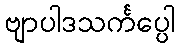
ဗျာပါဒသင်္ကပ္ပေါ